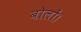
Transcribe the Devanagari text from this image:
बोलों।